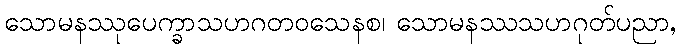
သောမနဿုပေက္ခာသဟဂတဝသေနစ၊ သောမနဿသဟဂုတ်ပညာ,